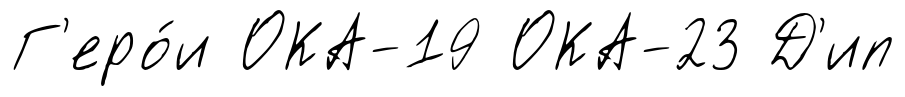
Г'еро́и ОКА-19 ОКА-23 Д'ип